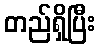
တည်ရှိပြီး